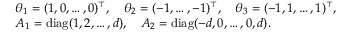
\begin{array} { r l } & { \theta _ { 1 } = ( 1 , 0 , \ldots , 0 ) ^ { \top } , \quad \theta _ { 2 } = ( - 1 , \ldots , - 1 ) ^ { \top } , \quad \theta _ { 3 } = ( - 1 , 1 , \ldots , 1 ) ^ { \top } , } \\ & { A _ { 1 } = \mathrm { d i a g } ( 1 , 2 , \ldots , d ) , \quad A _ { 2 } = \mathrm { d i a g } ( - d , 0 , \ldots , 0 , d ) . } \end{array}